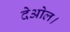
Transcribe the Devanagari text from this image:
देओल।